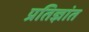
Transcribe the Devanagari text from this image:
प्रतिज्ञांत